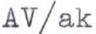
AV/ak